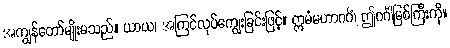
အကျွန်တော်မျိုးမသည်။ ယာယ၊ အကြင်လုပ်ကျွေးခြင်းဖြင့်။ ဣမံမဟာဂင်္ဂံ၊ ဤဂင်္ဂါမြစ်ကြီးကို။